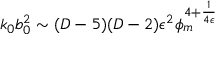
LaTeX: k _ { 0 } b _ { 0 } ^ { 2 } \sim ( D - 5 ) ( D - 2 ) \epsilon ^ { 2 } \phi _ { m } ^ { 4 + { \frac { 1 } { 4 \epsilon } } }